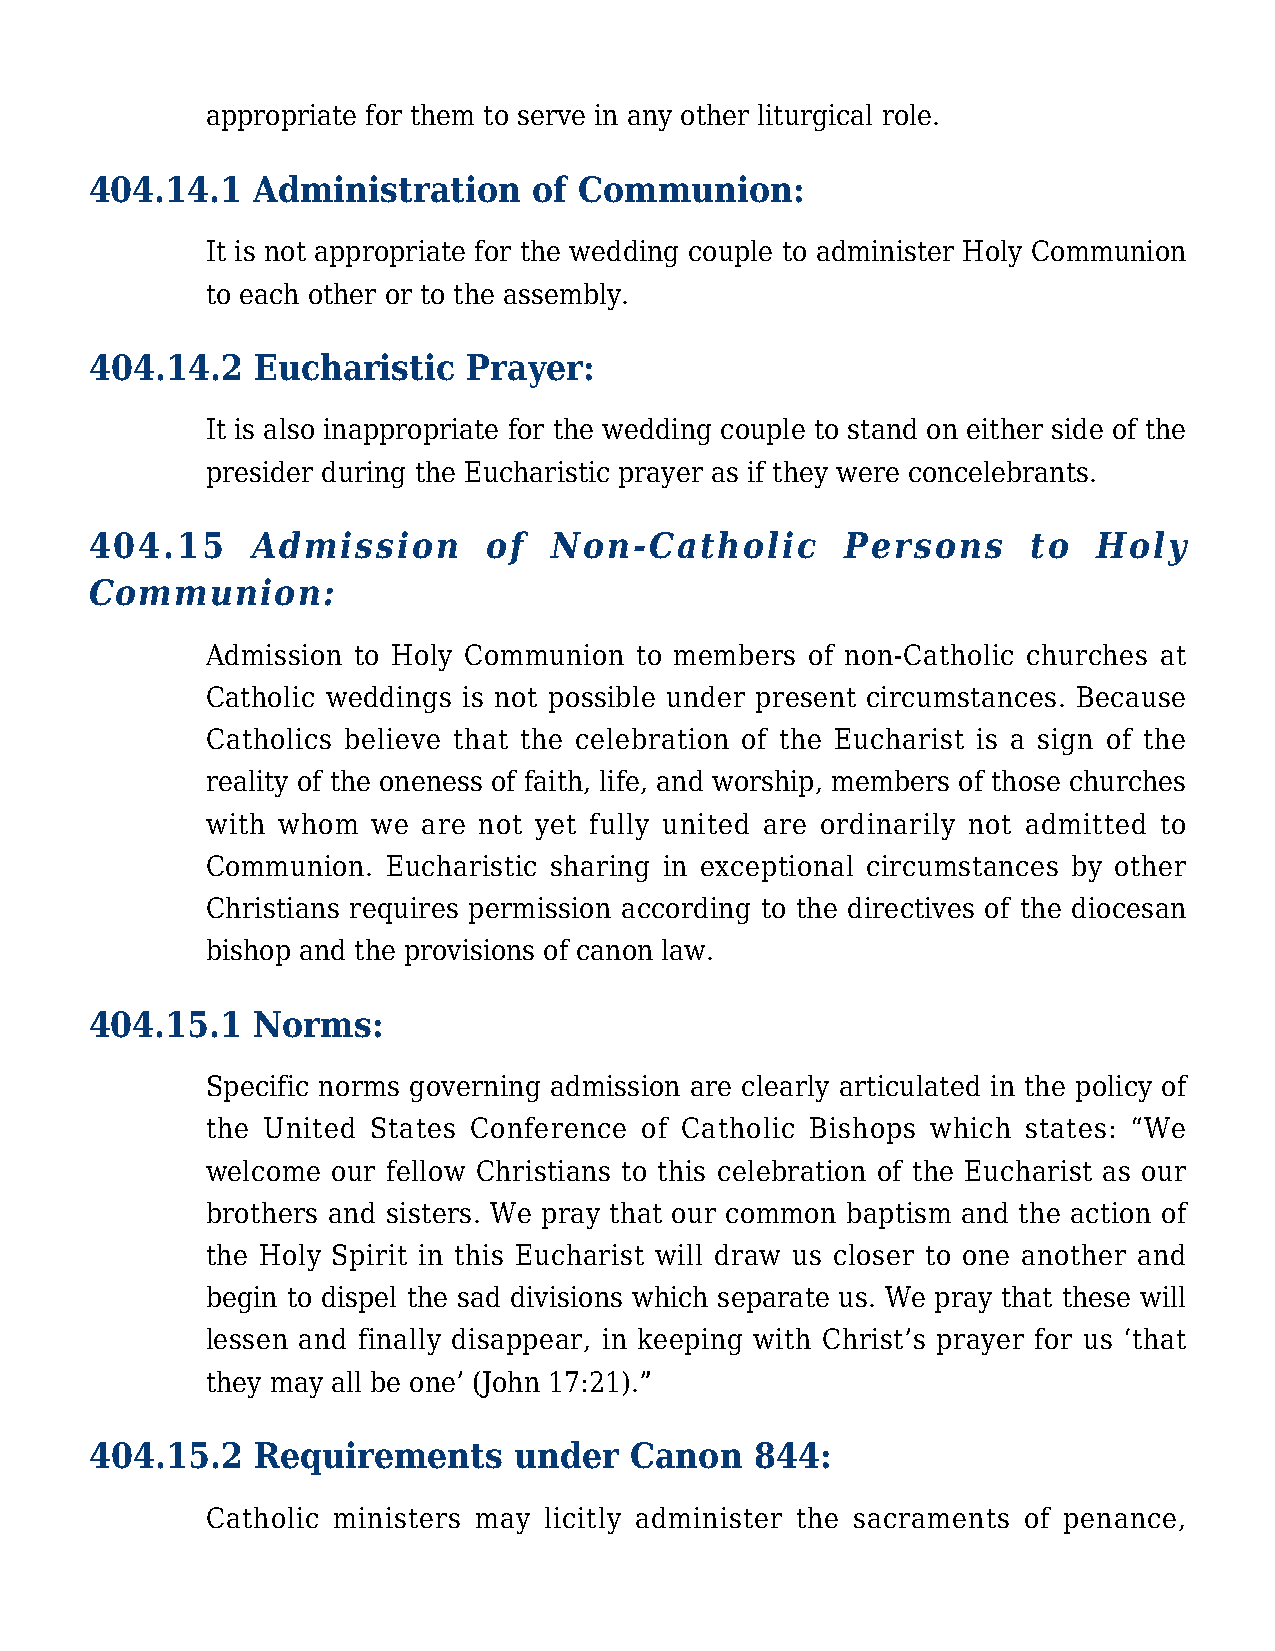
appropriate for them to serve in any other liturgical role.
 404.14.1   Administration    of Communion:
 It is not appropriate for the wedding couple to administer Holy Communion
 to each other or to the assembly.
 404.14.2   Eucharistic   Prayer:
 It is also inappropriate for the wedding couple to stand on either side of the
 presider during the Eucharistic prayer as if they were concelebrants.
 404.15     Admission      of   Non-Catholic       Persons     to   Holy
 Communion:
 Admission to Holy Communion to members  of non-Catholic churches at
 Catholic weddings is not possible under present circumstances. Because
 Catholics believe that the celebration of the Eucharist is a sign of the
 reality of the oneness of faith, life, and worship, members of those churches
 with whom  we are not yet fully united are ordinarily not admitted to
 Communion.  Eucharistic sharing in exceptional circumstances by other
 Christians requires permission according to the directives of the diocesan
 bishop and the provisions of canon law.
 404.15.1   Norms:
 Specific norms governing admission are clearly articulated in the policy of
 the United States Conference of Catholic Bishops which states: “We
 welcome our fellow Christians to this celebration of the Eucharist as our
 brothers and sisters. We pray that our common baptism and the action of
 the Holy Spirit in this Eucharist will draw us closer to one another and
 begin to dispel the sad divisions which separate us. We pray that these will
 lessen and finally disappear, in keeping with Christ’s prayer for us ‘that
 they may all be one’ (John 17:21).”
 404.15.2   Requirements     under   Canon   844:
 Catholic ministers may licitly administer the sacraments of penance,